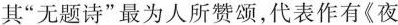
其”无题诗”最为人所赞颂，代表作有《夜